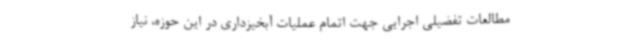
مطالعات تفضیلی اجرایی جهت اتمام عملیات آبخیزداری در این حوزه، نیاز